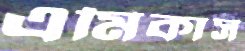
এমিকাস